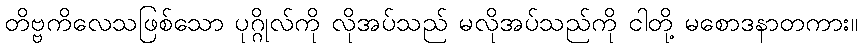
တိဗ္ဗကိလေသဖြစ်သော ပုဂ္ဂိုလ်ကို လိုအပ်သည် မလိုအပ်သည်ကို ငါတို့ မစောဒနာတကား။